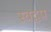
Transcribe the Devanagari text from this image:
स्वद्वप